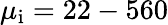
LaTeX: \mu_{\mathrm{i}}=22-560